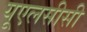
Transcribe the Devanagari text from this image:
यूएलसीसी